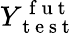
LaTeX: Y_{\mathrm{~t~e~s~t~}}^{\mathrm{~f~u~t~}}